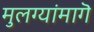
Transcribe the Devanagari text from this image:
मुलग्यांमागॆ